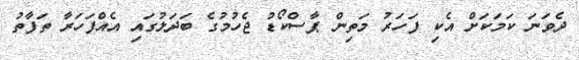
ދެވަނަ ކަމަކަށް އެކި ފަހަރު މަތިން ޕާސްކޯޑު ޖެހުމުގެ ބަދަލުގައި އެއްފަހަރާ ތަފާތު